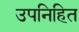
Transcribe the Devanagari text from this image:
उपनिहित